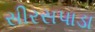
સીરસપાડા